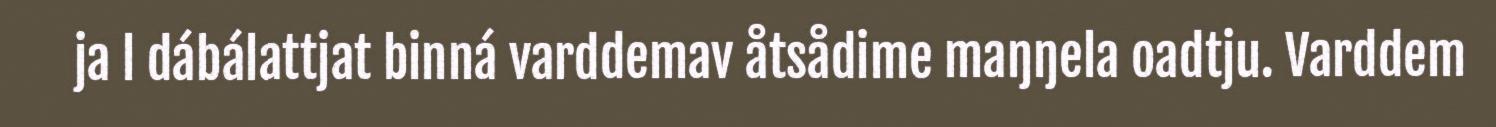
ja l dábálattjat binná varddemav åtsådime maŋŋela oadtju. Varddem